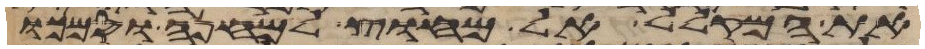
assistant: את המקלל אל מחוץ למחנה וסמכו